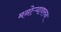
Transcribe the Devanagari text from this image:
मनोऱ्यावरुन